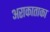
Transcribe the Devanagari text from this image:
अराकाताका